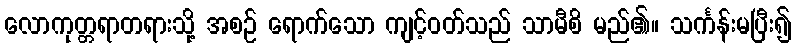
လောကုတ္တရာတရားသို့ အစဉ် ရောက်သော ကျင့်ဝတ်သည် သာမီစိ မည်၏။ သင်္ကန်းမပြီး၍